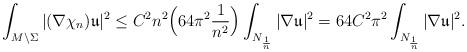
LaTeX: \begin{align*}\int_{M\setminus\Sigma}|(\nabla\chi_n)\mathfrak{u}|^2\leq C^2n^2\Big(64\pi^2\frac{1}{n^2}\Big)\int_{N_{\frac{1}{n}}}|\nabla\mathfrak{u}|^2= 64C^2\pi^2\int_{N_{\frac{1}{n}}}|\nabla\mathfrak{u}|^2.\end{align*}